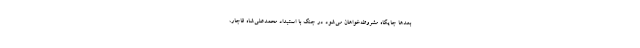
بعدها جایگاه مشروطه‌خواهان می‌شود در جنگ با استبداد محمدعلی‌شاه قاجار،